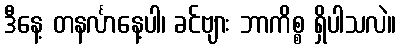
ဒီနေ့ တနင်္လာနေ့ပါ၊ ခင်ဗျား ဘာကိစ္စ ရှိပါသလဲ။